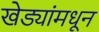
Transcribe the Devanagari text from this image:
खेड्यांमधून